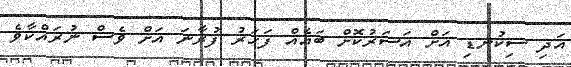
އަދި ސިކުނޑި އަށް އަސަރުކޮށް ބައެއް ފަހަރު ފުރާނަ އަށް ވެސް ނުރައްކާވެ